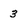
Character: 3